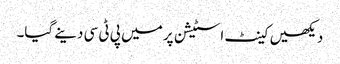
دیکھیں کینٹ اسٹیشن پر میں پی ٹی سی دینے گیا۔